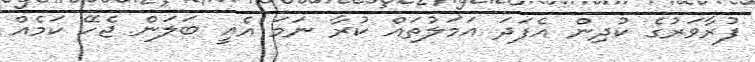
ފުރާވަރުގެ ކުދިން އެފަދަ އަމަލުތައް ކުރާ ނަމަ އެއީ ބަލަން ޖެހޭ ކަމެއް